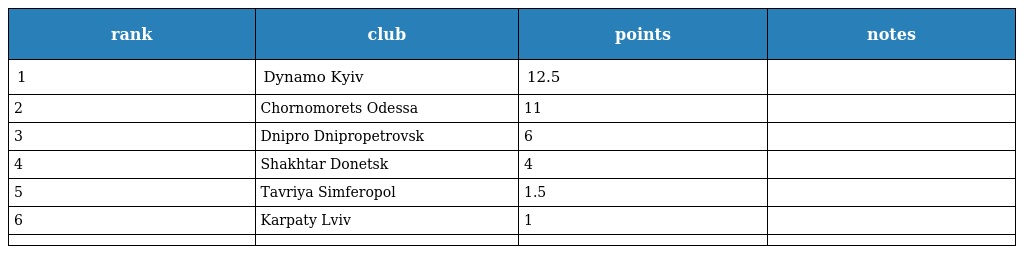
| rank | club | points | notes |
 | --- | --- | --- | --- |
 | 1 | Dynamo Kyiv | 12.5 |  |
 | 2 | Chornomorets Odessa | 11 |  |
 | 3 | Dnipro Dnipropetrovsk | 6 |  |
 | 4 | Shakhtar Donetsk | 4 |  |
 | 5 | Tavriya Simferopol | 1.5 |  |
 | 6 | Karpaty Lviv | 1 |  |
 |  |  |  |  |